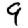
Digit: 9